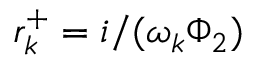
r _ { k } ^ { + } = i / ( \omega _ { k } \Phi _ { 2 } )